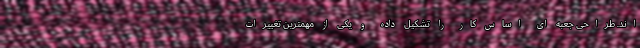
اند. طراحی جعبه ای اساس کار را تشکیل داده و یکی از مهمترین تغییرات